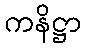
ကနိဋ္ဌာ